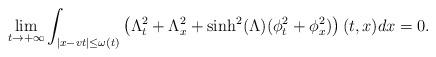
LaTeX: \begin{align*}\lim_{t\to +\infty }\int_{|x-vt| \leq \omega(t)} \left(\Lambda_t^2 +\Lambda_x^2 + \sinh^2(\Lambda) (\phi_t^2 + \phi_x^2)\right) (t,x) dx =0.\end{align*}